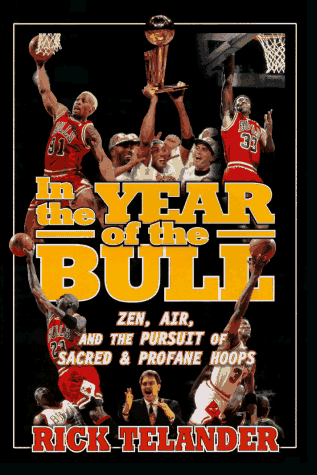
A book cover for IN THE YEAR OF THE BULL: Zen, Air and the Pursuit of Sacred and Profane Hoops; Rick Telander; Sports & Outdoors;